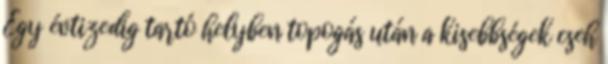
Egy évtizedig tartó helyben topogás után a kisebbségek cseh